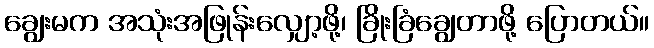
ချွေးမက အသုံးအဖြုန်းလျှော့ဖို့၊ ခြိုးခြံချွေတာဖို့ ပြောတယ်။